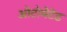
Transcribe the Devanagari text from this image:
ओटोमेटेड